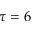
\tau = 6